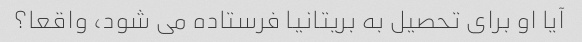
آیا او برای تحصیل به بریتانیا فرستاده می شود، واقعا؟